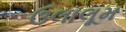
ઉલાલૂમ